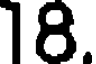
18.